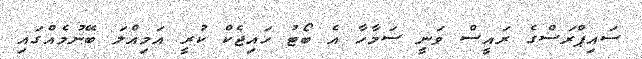
ސައިޕްރަސްގެ ރައީސް ވަނީ ސަމާހާ އެ ބޯޓު ހައިޖެކް ކުރީ އަމިއްލަ ބޭނުމެއްގައި